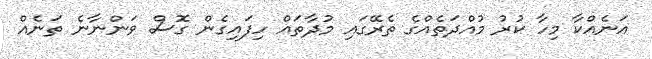
އަނެއްކާ މިހާ ކުރު މުއްދަތެއްގެ ތެރޭގައި މުދާތައް ހިފައިގެން ގޮސް ވަންނާނެ ތަނެއް